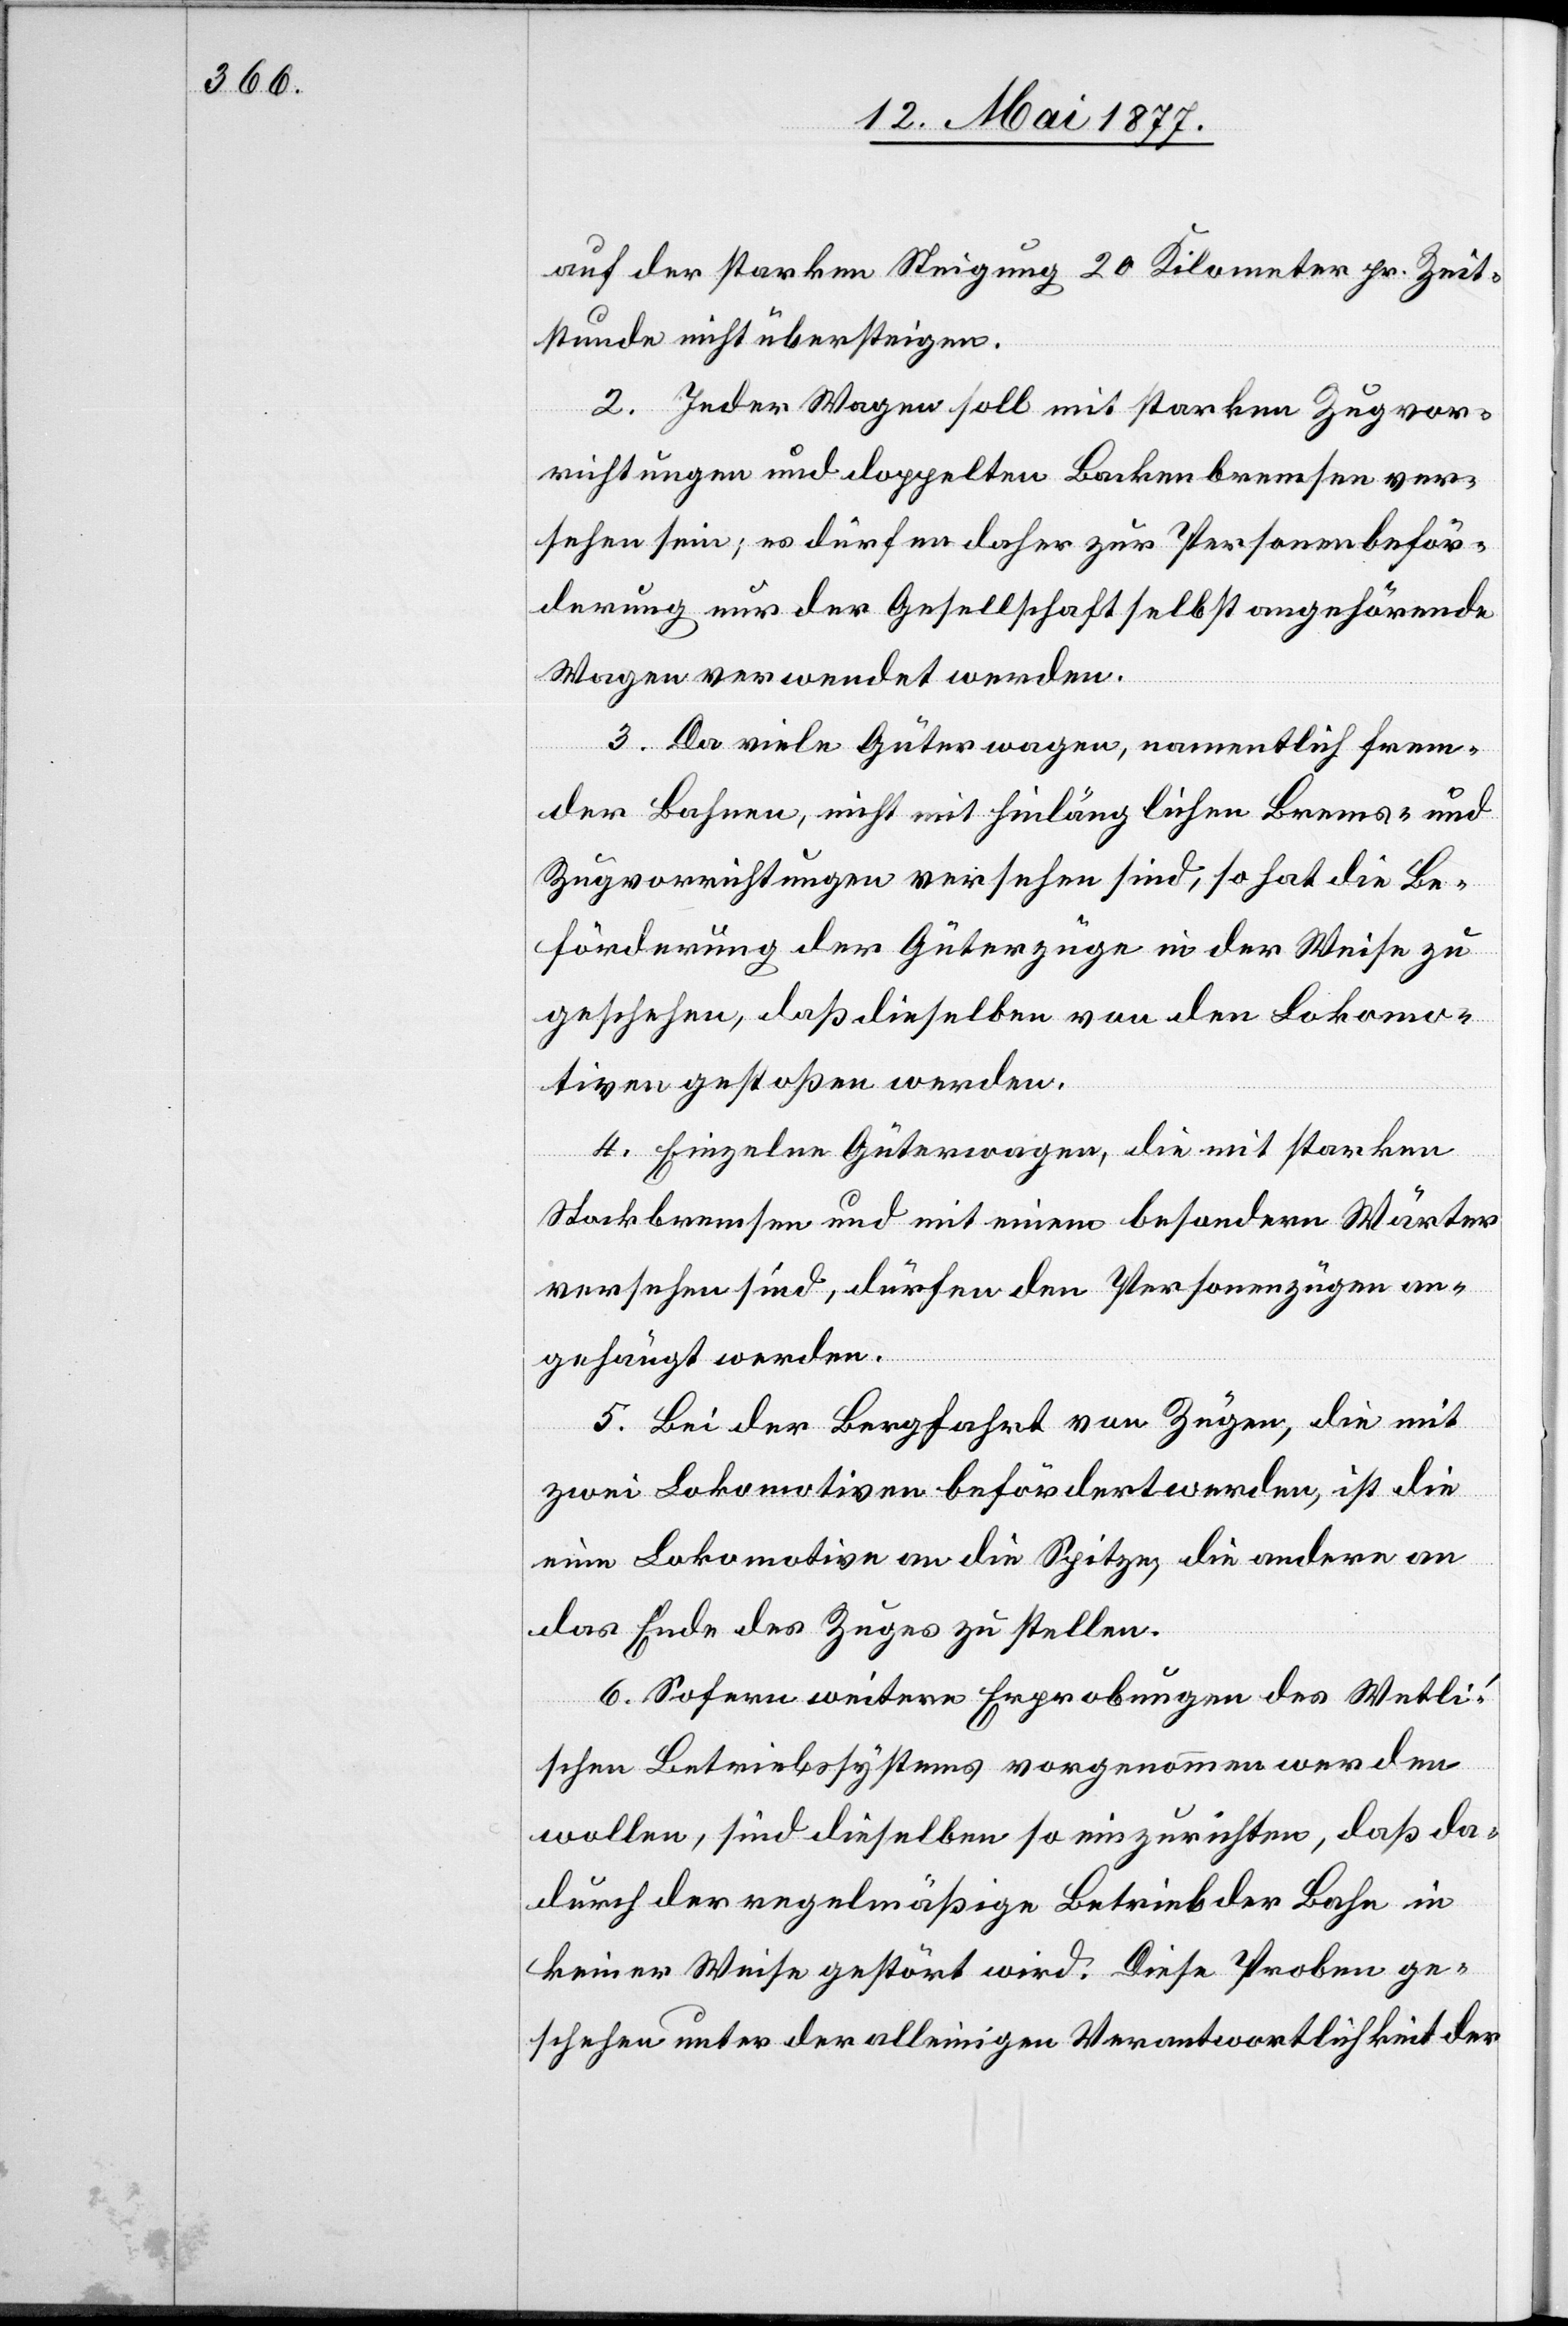
auf der starken Steigung 20 Kilometer pr. Zeit¬
stunde nicht übersteigen.
2. Jeder Wagen soll mit starken Zugvor¬
richtungen und doppelten Backenbremsen ver¬
sehen sein; es dürfen daher zur Personenbeför¬
derung nur der Gesellschaft selbst angehörende
Wagen verwendet werden.
3. Da viele Güterwagen, namentlich frem¬
der Bahnen, nicht mit hinlänglichen Brems- und
Zugvorrichtungen versehen sind, so hat die Be¬
förderung der Güterzüge in der Weise zu
geschehen, daß dieselben von den Lokomo¬
tiven gestoßen werden.
4. Einzelne Güterwagen, die mit starken
Stockbremsen und mit einem besondern Wärter
versehen sind, dürfen den Personenzügen an¬
gehängt werden.
5. Bei der Bergfahrt von Zügen, die mit
zwei Lokomotiven befördert werden, ist die
eine Lokomotive an die Spitze, die andere an
das Ende des Zuges zu stellen.
6. Sofern weitere Erprobungen des Welti’s¬
chen Betriebssystems vorgenommen werden
wollen, sind dieselben so einzurichten, daß da¬
durch der regelmäßige Betrieb der Bahn in
keiner Weise gestört wird. Diese Proben ge¬
schehen unter alleiniger Verantwortlichkeit der